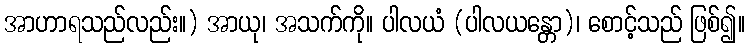
အာဟာရသည်လည်း။) အာယု၊ အသက်ကို။ ပါလယံ (ပါလယန္တော)၊ စောင့်သည် ဖြစ်၍။